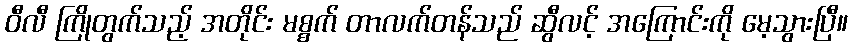
ဝီလီ ကြိုတွက်သည့် အတိုင်း မစ္စက် တာလက်တန်သည် ဆွီလင့် အကြောင်းကို မေ့သွားပြီ။